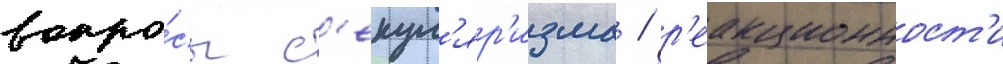
вопро́сы с'екул'яр'изма / р'еакционност'и